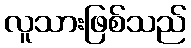
လူသားဖြစ်သည်